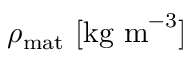
\rho _ { \mathrm { m a t } } \ [ \mathrm { k g \ m } ^ { - 3 } ]